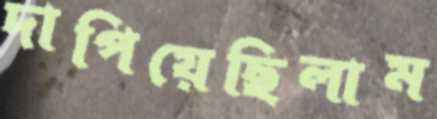
দাপিয়েছিলাম